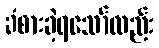
ခံစားခဲ့ရသော်လည်း